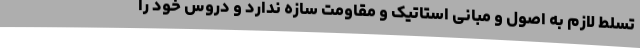
تسلط لازم به اصول و مبانی استاتیک و مقاومت سازه ندارد و دروس خود را